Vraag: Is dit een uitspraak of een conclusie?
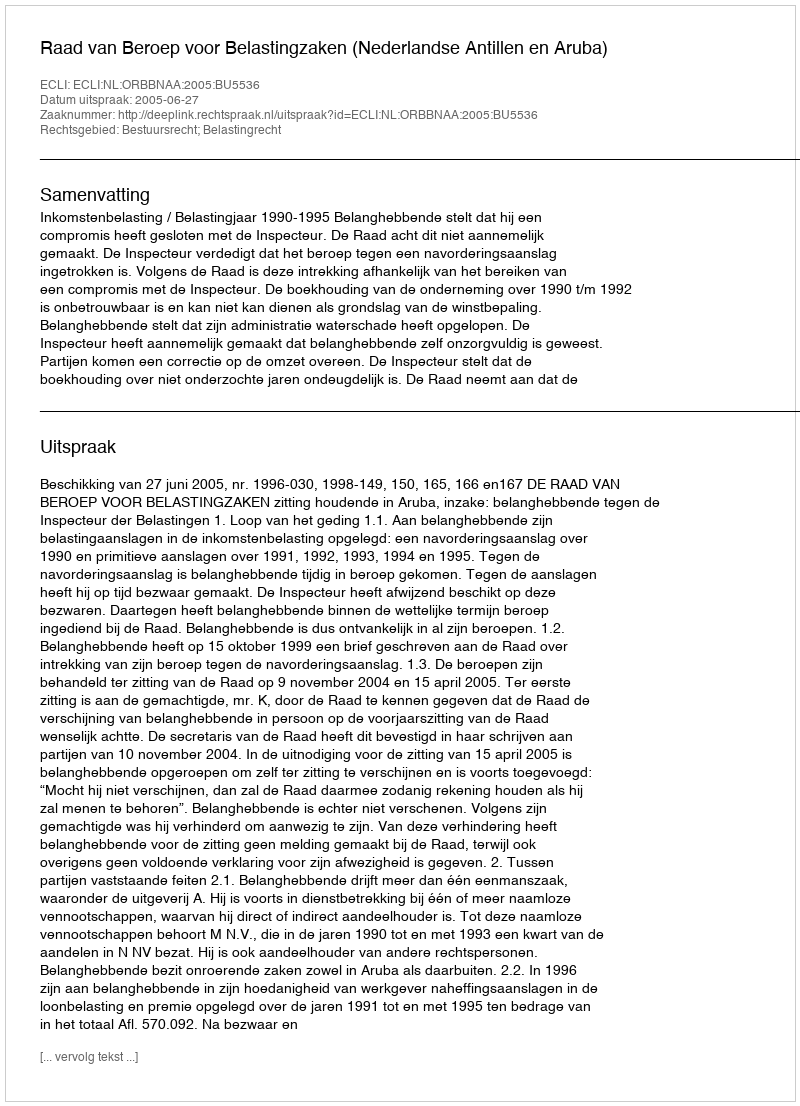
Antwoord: Uitspraak